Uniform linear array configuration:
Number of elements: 4
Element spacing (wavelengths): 0.25
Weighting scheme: hann
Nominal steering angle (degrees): -30
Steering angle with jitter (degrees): -30.976
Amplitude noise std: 0.05
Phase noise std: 0.05

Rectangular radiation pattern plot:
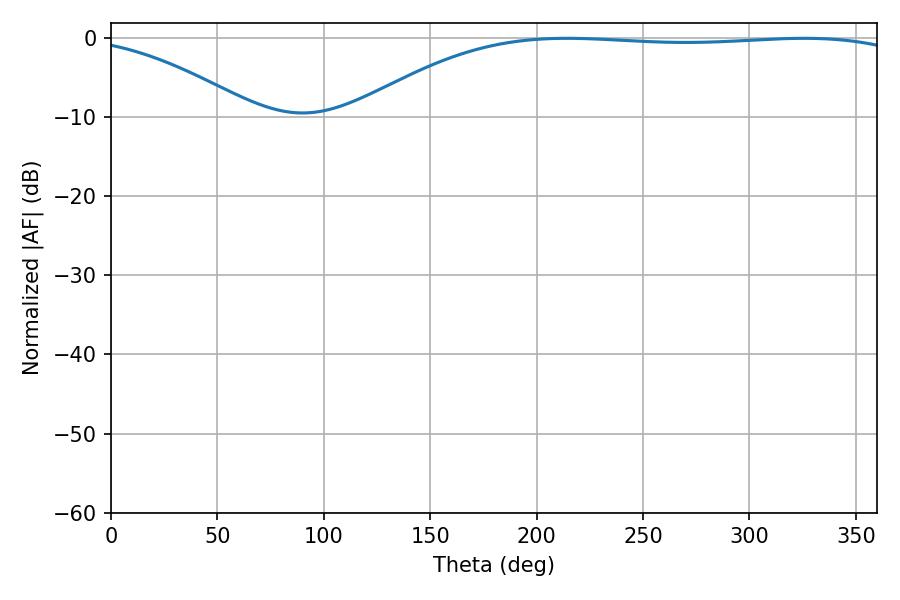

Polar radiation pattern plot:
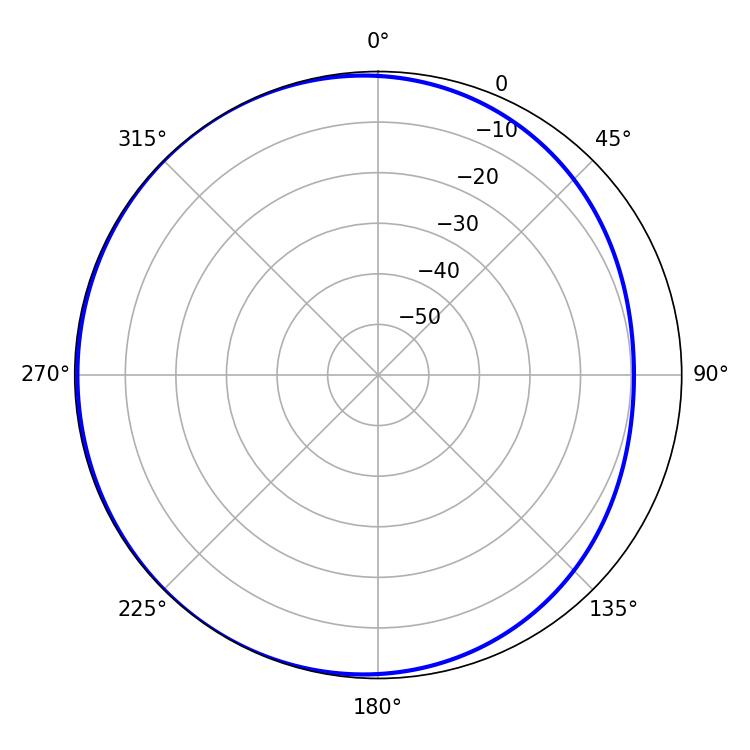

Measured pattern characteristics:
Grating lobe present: FALSE
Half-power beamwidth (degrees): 205.92
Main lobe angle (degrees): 214.2